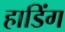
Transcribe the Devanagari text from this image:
हाडिंग